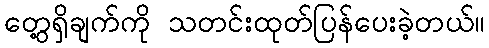
တွေ့ရှိချက်ကို သတင်းထုတ်ပြန်ပေးခဲ့တယ်။